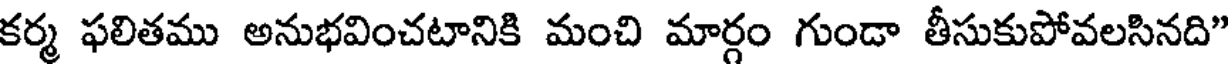
కర్మ ఫలితము అనుభవించటానికి మంచి మార్గం గుండా తీసుకుపోవలసినది"